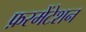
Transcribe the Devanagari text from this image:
फ़रमेंटेशन